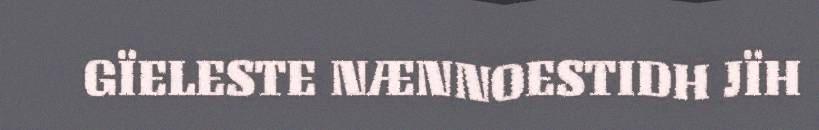
GÏELESTE NÆNNOESTIDH JÏH